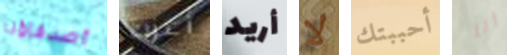
أصدقاؤنا أعزب أريد لا أحببتك أنا